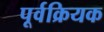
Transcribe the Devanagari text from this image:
पूर्वक्रियक